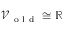
\mathcal { V } _ { \mathrm { ~ o ~ l ~ d ~ } } \cong \mathbb { R }